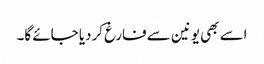
اسے بھی یونین سے فارغ کردیا جائے گا۔